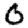
Digit: 0